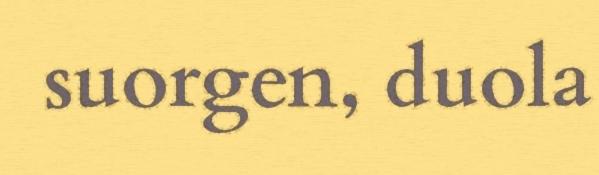
suorgen, duola